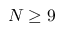
N \geq 9